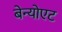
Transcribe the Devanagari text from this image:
बेन्योएट